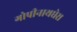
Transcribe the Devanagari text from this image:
गोपीनाथघेरा